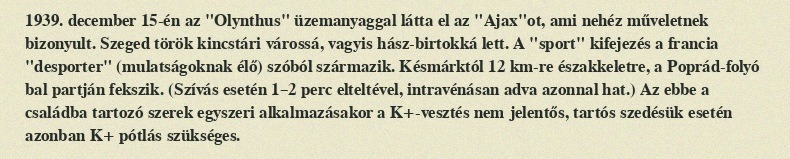
1939. december 15-én az "Olynthus" üzemanyaggal látta el az "Ajax"ot, ami nehéz műveletnek bizonyult. Szeged török kincstári várossá, vagyis hász-birtokká lett. A "sport" kifejezés a francia "desporter" (mulatságoknak élő) szóból származik. Késmárktól 12 km-re északkeletre, a Poprád-folyó bal partján fekszik. (Szívás esetén 1–2 perc elteltével, intravénásan adva azonnal hat.) Az ebbe a családba tartozó szerek egyszeri alkalmazásakor a K+-vesztés nem jelentős, tartós szedésük esetén azonban K+ pótlás szükséges.